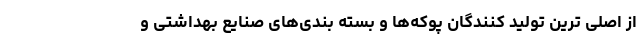
از اصلی ترین تولید کنندگان پوکه‌ها و بسته بندی‌های صنایع بهداشتی و